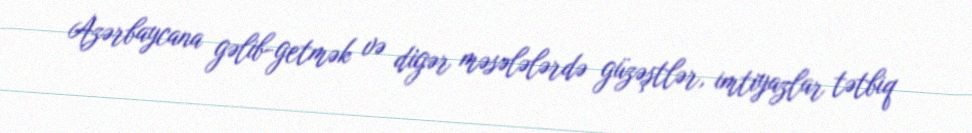
Azərbaycana gəlib-getmək və digər məsələlərdə güzəştlər, imtiyazlar tətbiq